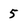
Character: 5